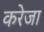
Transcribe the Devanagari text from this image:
करेजा